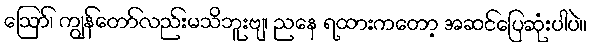
ဪ၊ ကျွန်တော်လည်းမသိဘူးဗျ၊ ညနေ ရထားကတော့ အဆင်ပြေဆုံးပါပဲ။